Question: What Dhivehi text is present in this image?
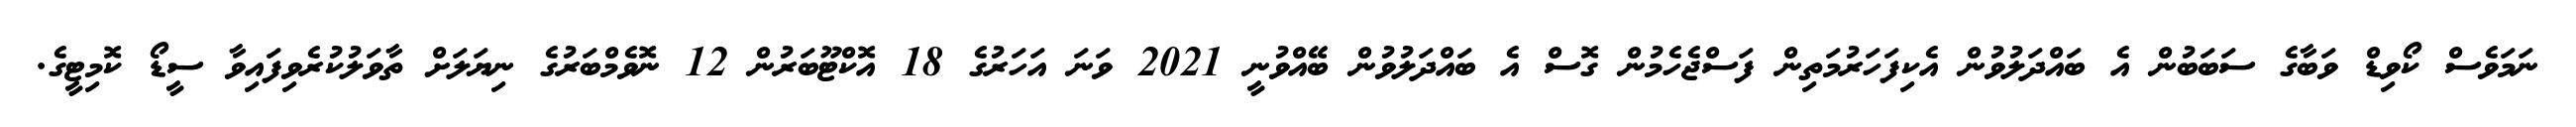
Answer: ނަމަވެސް ކޯވިޑް ވަބާގެ ސަބަބުން އެ ބައްދަލުވުން އެކިފަހަރުމަތިން ފަސްޖެހެމުން ގޮސް އެ ބައްދަލުވުން ބޭއްވުނީ 2021 ވަނަ އަހަރުގެ 18 އޮކްޓޫބަރުން 12 ނޮވެމްބަރުގެ ނިޔަލަށް ތާވަލުކުރެވިފައިވާ ސީޑޯ ކޮމިޓީގެ.